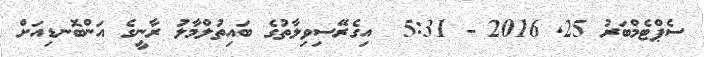
ސެޕްޓެމްބަރު 25